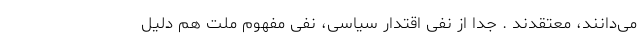
می‌دانند، معتقدند . جدا از نفی اقتدار سیاسی، نفی مفهوم ملت هم دلیل